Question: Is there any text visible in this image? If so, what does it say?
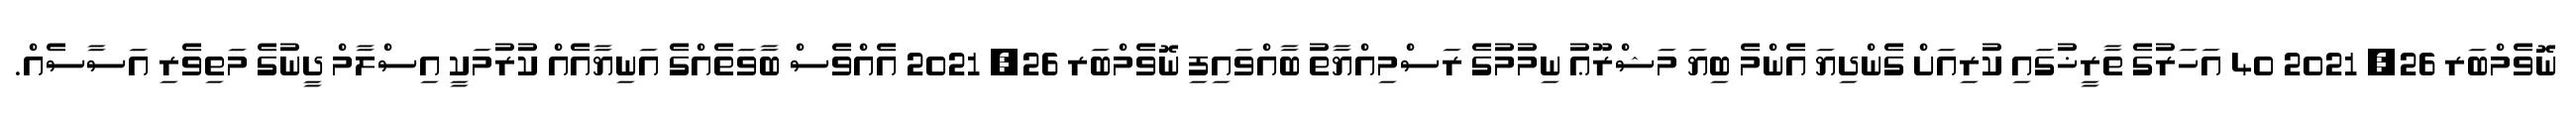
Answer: ނޮވެމްބަރ 26, 2021 40 އަހަރުގެ ތާރީޚުގައި ކުރިއަށް ގެންދިޔަ އެންމެ ބިޔަ މަޝްރޫޢު ނިމުމުގެ ރަސްމިއްޔާތު ބާއްވައިފި ނޮވެމްބަރ 26, 2021 އެއްވެސް ބާވަތެއްގެ އަނިޔާއެއް ކުރުމަކީ އިސްލާމް ދީނުގެ މަތިވެރި އަސާސެއް.